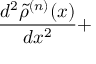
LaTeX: \frac { d ^ { 2 } \tilde { \rho } ^ { ( n ) } ( x ) } { d x ^ { 2 } } +